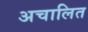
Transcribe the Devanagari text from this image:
अचालित